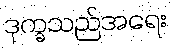
ဒုက္ခသည်အရေး